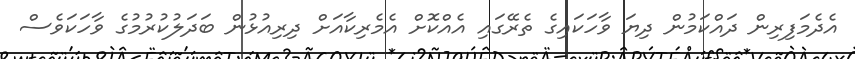
އެދެމަފިރިން ދައްކަމުން ދިޔަ ވާހަކައިގެ ތެރޭގައި އެއްކޮށް އެމެރިކާއަށް ދިރިއުޅުން ބަދަލުކުރުމުގެ ވާހަކަވެސް